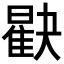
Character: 𪱖